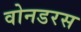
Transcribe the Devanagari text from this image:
वोनडरस